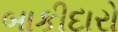
બાકીદારો